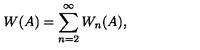
W ( A ) = \sum _ { n = 2 } ^ { \infty } W _ { n } ( A ) ,